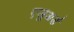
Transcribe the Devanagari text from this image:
एलुअर्ड